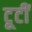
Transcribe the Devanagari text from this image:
टूटीं